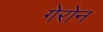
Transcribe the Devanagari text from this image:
गेरोन